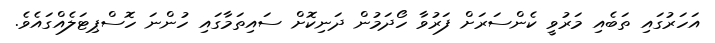
އަހަރުގައި ތަބެއި މަރުވީ ކެންސަރަށް ފަރުވާ ހޯދަމުން ދަނިކޮށް ސައިތަމާގައި ހުންނަ ހޮސްޕިޓަލެއްގައެވެ.